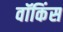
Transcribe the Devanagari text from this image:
वॉकिंस